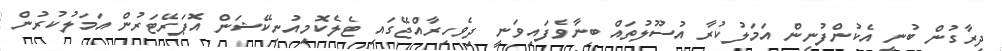
ދިރާގުން ބުނީ އެކުންފުނިން އަމަލުކުރާ އުސޫލުތައް ބިނާވެފައިވަނީ ދިވެހިރާއްޖޭގައި ޓެލެކޮމިއުނިކޭޝަން އޮޕަރޭޓަރުން އަމަލުކުރުން